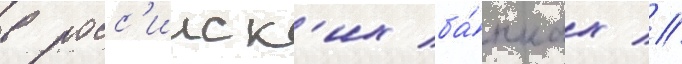
в росс'ииск'их ба́нках //